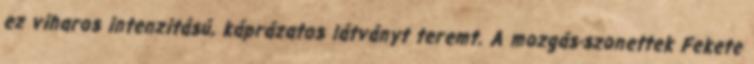
ez viharos intenzitású, káprázatos látványt teremt. A mozgás-szonettek Fekete